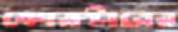
ফোরস্টারের